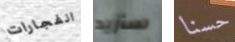
انفجارات سأزيد حسنا